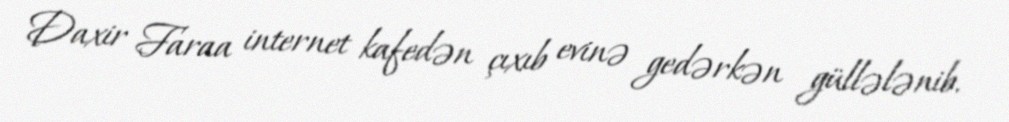
Daxir Faraa internet kafedən çıxıb evinə gedərkən güllələnib.